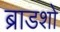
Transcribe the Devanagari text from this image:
ब्राडशो